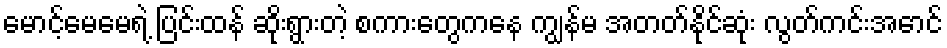
မောင့်မေမေရဲ့ ပြင်းထန် ဆိုးရွားတဲ့ စကားတွေကနေ ကျွန်မ အတတ်နိုင်ဆုံး လွတ်ကင်းအောင်